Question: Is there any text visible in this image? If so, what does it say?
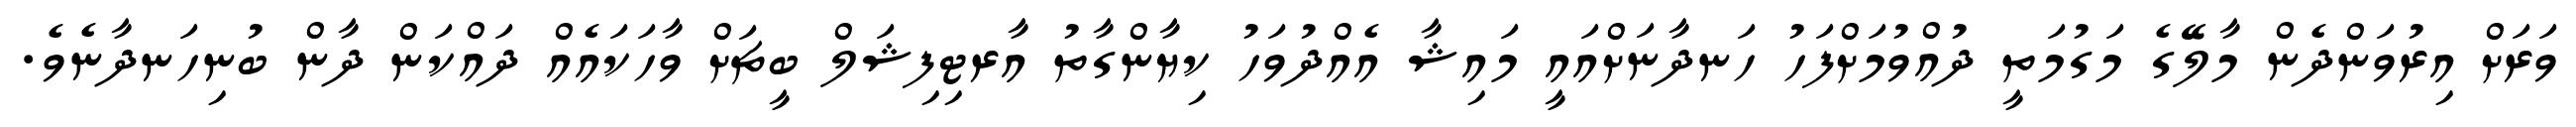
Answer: ވަރަށް އިރުވަންދެން މާލޭގެ މަގުމަތީ ދުއްވުމަށްފަހު ހަނދާނަށްއައީ މައިޝާ އެއްދުވަހު ކިޔާންގާތު އާރޓިފިޝަލް ބީޗަށް ވާހަކައެއް ދައްކަން ދާން ބުނިހަނދާނެވެ.